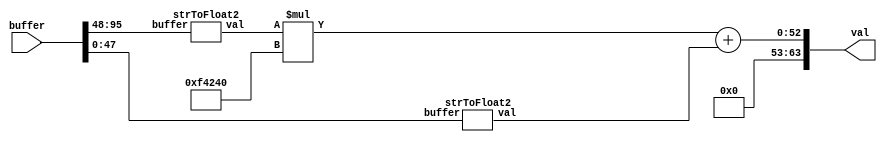
`timescale 1ns / 1ps
//////////////////////////////////////////////////////////////////////////////////
// Company: 
// Engineer: 
// 
// Design Name: 
// Module Name: strToFloat
// Project Name: 
// Target Devices: 
// Tool Versions: 
// Description: 
// 
// Dependencies: 
// 
// Revision:
// Revision 0.01 - File Created
// Additional Comments:
// 
//////////////////////////////////////////////////////////////////////////////////


module strToFloat(input [95:0] buffer, output [63:0] val);
    wire    [31:0]  val1,val2;
    strToFloat2 s2f1(buffer[95:48],val1);
    strToFloat2 s2f2(buffer[47:0],val2);
    assign val = val1*1000000 + val2;
endmodule

module strToFloat2(input [47:0] buffer, output [31:0] val);
    wire    [3:0]   a1,a2,a3,a4,a5,a6;
    wire    [7:0]   i1,i2,i3,i4,i5,i6;
    assign {i1,i2,i3,i4,i5,i6} = buffer;
    
    charToInt c1(i1, a1);
    charToInt c2(i2, a2);
    charToInt c3(i3, a3);
    charToInt c4(i4, a4);
    charToInt c5(i5, a5);
    charToInt c6(i6, a6);
    
    wire    [19:0]  v1,v2,v3,v4,v5,v6;
    assign v1 = a1*100*1000;
    assign v2 = a2*10*1000;
    assign v3 = a3*1000;
    assign v4 = a4*100;
    assign v5 = a5*10;
    assign v6 = a6;
    assign val = v1+v2+v3+v4+v5+v6;
endmodule

module charToInt(input wire [7:0] c, output reg [3:0] i);
    always @(c)
        case(c)
            8'h30: i=0;
            8'h31: i=1;
            8'h32: i=2;
            8'h33: i=3;
            8'h34: i=4;
            8'h35: i=5;
            8'h36: i=6;
            8'h37: i=7;
            8'h38: i=8;
            8'h39: i=9;
        endcase
endmodule